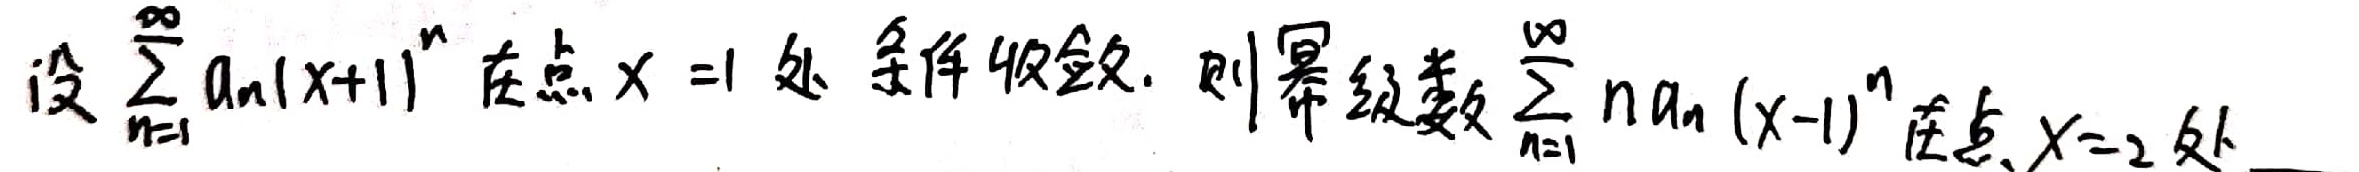
设\(\sum_{n = 1}^{\infty}a_n(x + 1)^n\)在点\(x = 1\)处条件收敛，则幂级数\(\sum_{n = 1}^{\infty}na_n(x - 1)^n\)在点\(x = 2\)处